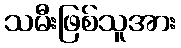
သမီးဖြစ်သူအား